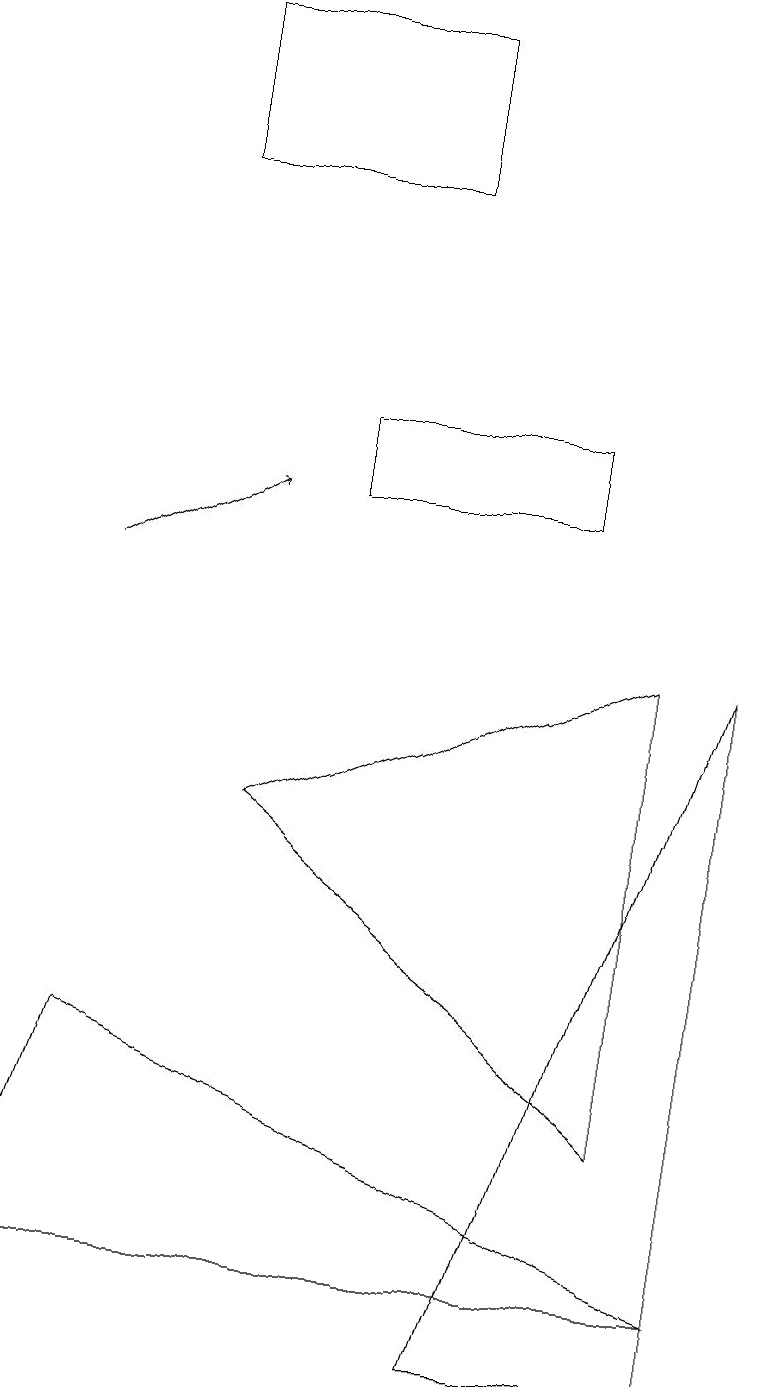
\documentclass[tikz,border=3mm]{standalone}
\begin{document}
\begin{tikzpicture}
\draw[->] (1,10) -- (3,11);
\draw (0,1) -- (9,1) -- (1,4) -- cycle;
\draw (8,9) -- (3,7) -- (8,3) -- cycle;
\draw (9,9) -- (9,0) -- (6,0) -- cycle;
\draw (7,12) rectangle (4,11);
\draw (5,15) rectangle (2,17);
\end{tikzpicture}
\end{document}